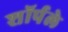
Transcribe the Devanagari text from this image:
शॉर्पले